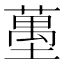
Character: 𰊶